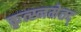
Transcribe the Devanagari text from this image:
कृत्स्नमेतद्